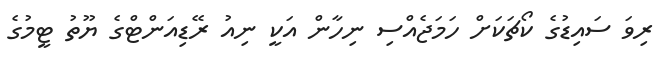
ރިވަ ސައިޑުގެ ކޯޗަކަށް ހަމަޖެއްސި ނިހާން އަކީ ނިއު ރޭޑިއަންޓްގެ ޔޫތު ޓީމުގެ